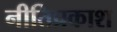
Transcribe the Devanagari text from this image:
नीतिप्रकाश